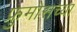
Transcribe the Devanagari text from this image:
फ्रुमोसच्या